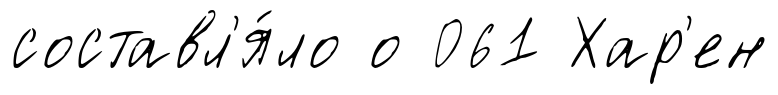
составл'я́ло о 061 Хар'ен